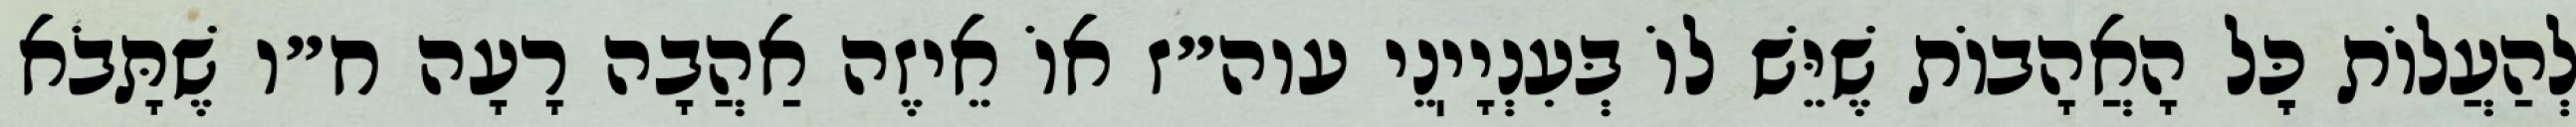
לְהַעֲלוֹת כׇּל הָאֲהָבוֹת שֶׁיֵּשׁ לוֹ בְּעִנְיָיֽנֵי עוה״ז אוֹ אֵיזֶה אַהֲבָה רָעָה ח״ו שֶׁתָּבֹא